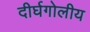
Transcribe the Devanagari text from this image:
दीर्घगोलीय